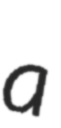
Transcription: a